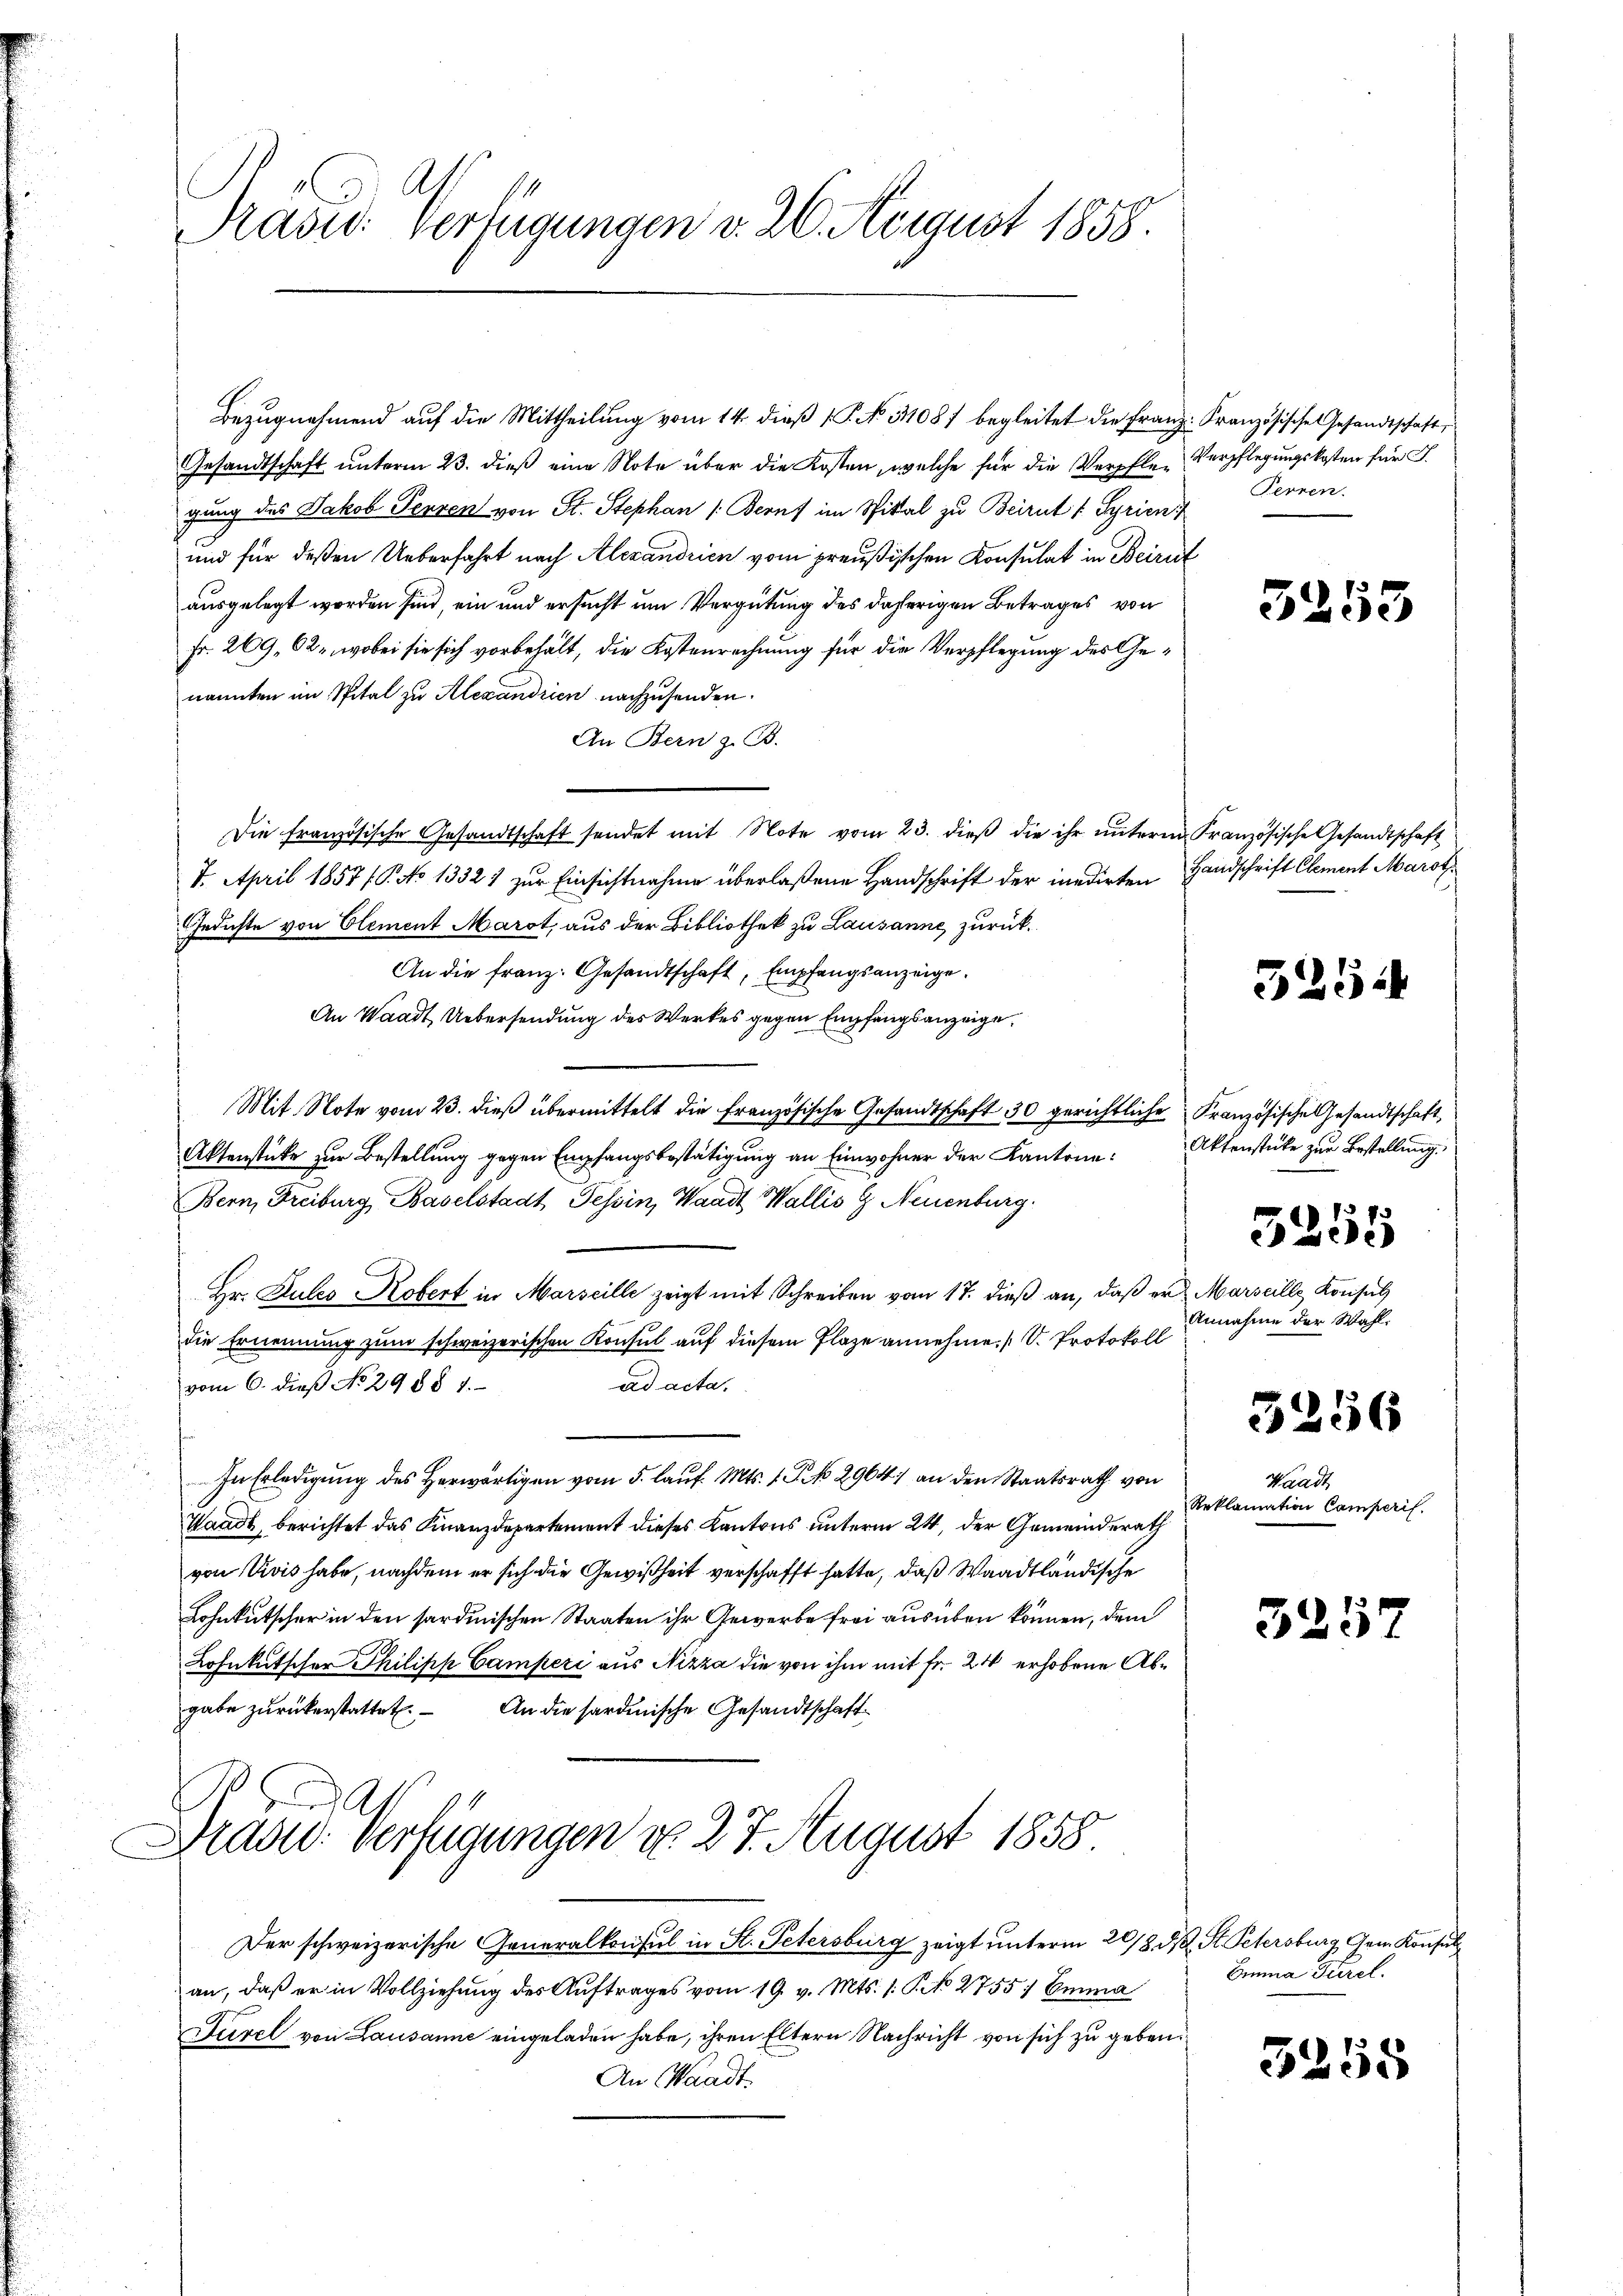
Bezugnahmend auf die Mittheilung vom 14. dieß 1 P. No. 311081 begleitet die Franz Französische Gesandtschaft,
Gesandtschaft unterm 23. dieß eine Note über die Kosten, welche für die Verpfle-Verpflegungskosten für F.
gung des Jakob Perren von St. Stephan (Beruf im Spittal zu Beirut u Gyrien
und für deßen Ueberfahrt nach Alexandrien vom preußischen Konsulat in Beirut
ausgelegt worden sind, ein und ersucht um Vergütung des daherigen Betrages von
Fr. 269, 62, wobei sie sich vorbehält, die Kostenrechnung für die Verpflegung des Genannten im Spital zu Alexandrien nachzusenden.
An Bern z. B.
Die französische Gesandtschaft sendet mit Note vom 23. dieβ die ihr ŭnterm Französische Gesandtschaft
7. April 1857 / P. No 1332) zur Einsichtnahme überlaßene Handschrift der inedirten Handschrift Clement Marot
Gedichte von Element Marot aus der Bibliothek zu Lausanne, zurück¬
An die franz. Gesandtschaft, Empfangsanzeige.
An Waadt Uebersendung des Werkes gegen Empfangsanzeige
Mit Note vom 23. dieβ übermittelt die französische Gesandtschaft 30 gerichtliche Französische Gesandtschaft,
Aktenstücke zur Bestellung gegen Empfangsbestätigung an Einwohner der Kantone:
Bern, Freiburg Baselstadt Tessin, Waadt Wallis G. Neuenburg.
Hr. Zules Kobert in Marseille zeigt mit Schreiben vom 17. dieß an, daß er Marseille Konsul
die Ernennung zum schweizerischen Konsul auf diesem Flaze annehme. (S. Protokoll
vom 6. dieß No. 2988 7.
ad acta.
In Erledigung des Herwärtigen vom 5. lauf. Mts. 1. No 2964) an den Staatsrath von
Waadt, berichtet das Finanzdepartement dieses Kantons unterm 24. der Gemeinderath
von Avis habe, nachdem er sich die Gewißheit verschafft hatte, daß Waadtländische
Lohnkutscher in den sardinischen Staaten ihr Gewerbe frei ausüben können, dem
Lohnkutscher Philipp Camperi aus Nizza die von ihm mit Fr. 24 erhobene Abgabe zŭrückerstattet. An die sardinische Gesandtschaft
A
Arad: Verfügungen d. 27. August 1858
Der schweizerische Generalkonsul in St. Petersburg zeigt unterm 20/3. ds. St. Petersburg, Gem. Konsul
an, daß er in Vollziehung des Auftrages vom 19. v. Mts. /: P. No 2755/ Emma
Furel von Lausanne eingeladen habe, ihren Eltern Nachricht von sich zu geben.
An Waadt

Prades Verfügungen v. 26. August 1858.

Perren.

3253

5294

Aktenstücke zur Bestellung.

5255

Annahme der Wahl.

5256

Waadt
Reklamation Camperis

3257

Emma Furel.

3255